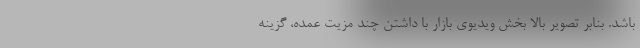
باشد. بنابر تصویر بالا بخش ویدیوی بازار با داشتن چند مزیت عمده، گزینه